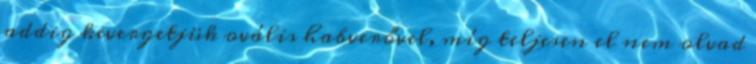
addig kevergetjük ovális habverővel, míg teljesen el nem olvad